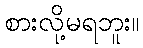
စားလို့မရဘူး။